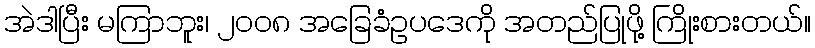
အဲဒါပြီး မကြာဘူး၊ ၂၀၀၈ အခြေခံဥပဒေကို အတည်ပြုဖို့ ကြိုးစားတယ်။